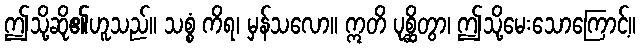
ဤသို့ဆို၏ဟူသည်။ သစ္စံ ကိရ၊ မှန်သလော။ ဣတိ ပုစ္ဆိတွာ၊ ဤသို့မေးသောကြောင့်။